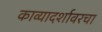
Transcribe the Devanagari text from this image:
काव्यादर्शावरचा